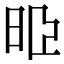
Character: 𣆜